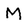
Character: M